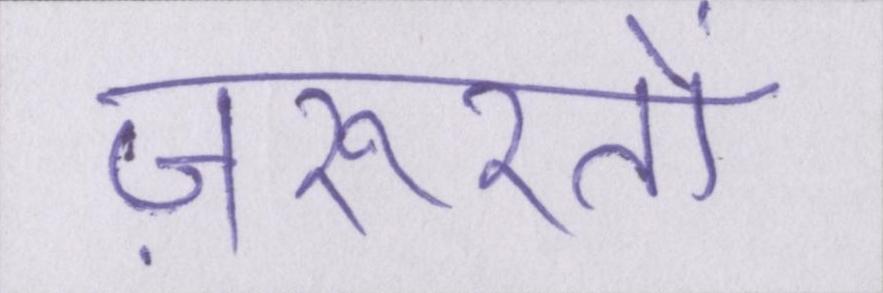
ज़रूरतों